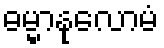
ဓမ္မာနုလောမံ